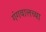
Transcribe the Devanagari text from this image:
गंगवालच्या